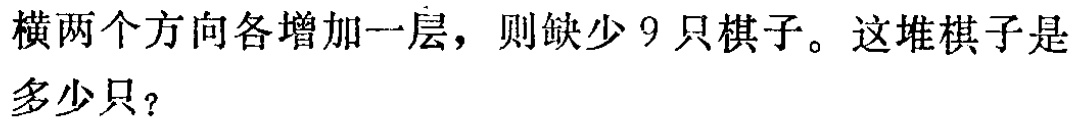
横两个方向各增加一层，则缺少 9 只棋子。这堆棋子是多少只？